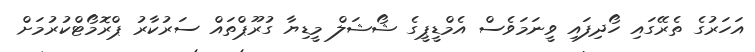
އަހަރުގެ ތެރޭގައި ހޯދިފައި ވީނަމަވެސް އެމްޑީޕީގެ ޝޯޝަލް މީޑިޔާ ގުރޫޕްތައް ސަރުކާރު ޕްރޮމޯޓްކުރުމަށް